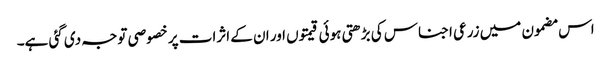
اس مضمون میں زرعی اجناس کی بڑھتی ہوئی قیمتوں اور ان کے اثرات پر خصوصی توجہ دی گئی ہے۔